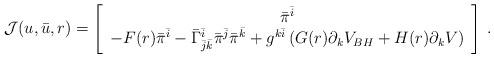
LaTeX: \begin{align*}\mathcal{J}(u,\bar{u},r) = \left[\begin{array}{c} \bar{\pi}^{\bar{i}}\\ -F(r) \bar{\pi}^{\bar{i}} - \bar{\Gamma}^{\bar{i}}_{\bar{j}\bar{k}}\bar{\pi}^{\bar{j}}\bar{\pi}^{\bar{k}} + g^{k\bar{i}}\left(G(r)\partial_{k}V_{BH} + H(r)\partial_{k}V\right) \end{array}\right] \: . \end{align*}